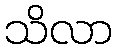
သိလာ